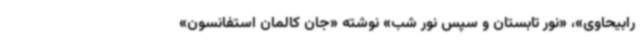
رابیحاوی»، «نور تابستان و سپس نور شب» نوشته «جان کالمان استفانسون»